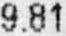
9.81